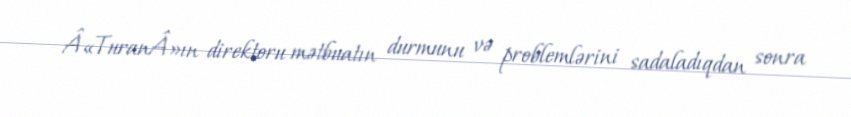
Â«TuranÂ»ın direktoru mətbuatın durmunu və problemlərini sadaladıqdan sonra